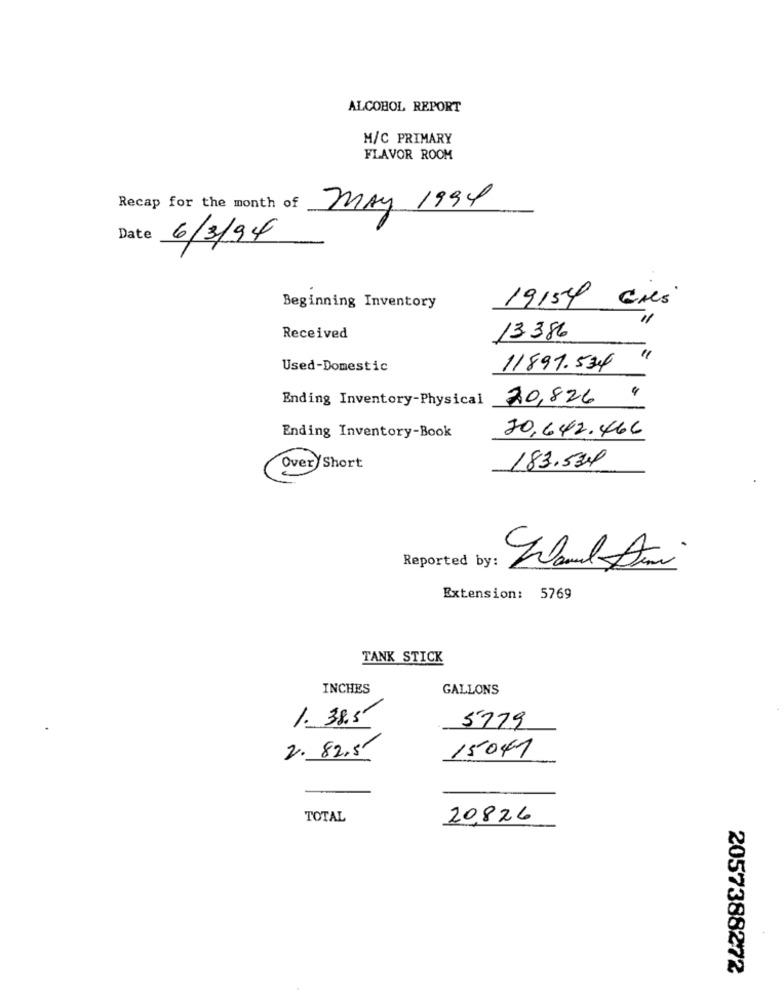
ALCOHOL REPORT
M/C PRIMARY
FLAVOR ROOM
Recap for the month of
May 1994
Date
6/3/94
19154 CM'
Beginning Inventory
Received
13.386
Used-Domestic
11891.534
Ending Inventory-Physical 20,826
Ending Inventory-Book
20,642.466
183.534
Over Short
Reported by:
Extension: 5769
TANK STICK
INCHES
GALLONS
1.38.5
5779
2. 82.5
15041
TOTAL
20,826
2057388272